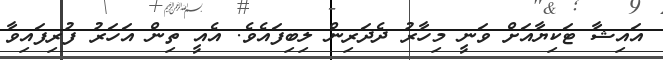
އައިޝާ ޓަކިޔާއަށް ވަނީ މިހާރު ދެދަރިން ލިބިފައެވެ. އެއީ ތިން އަހަރު ފުރިފައިވާ